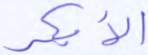
الأبكر